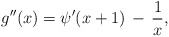
\begin{align*}g''(x) = \psi'(x+1) \,-\, \frac{1}{x},\end{align*}